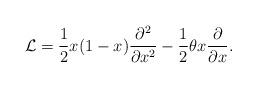
LaTeX: \begin{align*}{\cal L}=\frac{1}{2}x(1-x)\frac{\partial^2}{\partial x^2} - \frac{1}{2}\theta x\frac{\partial}{\partial x}.\end{align*}